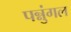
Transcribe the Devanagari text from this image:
पन्नुंगल